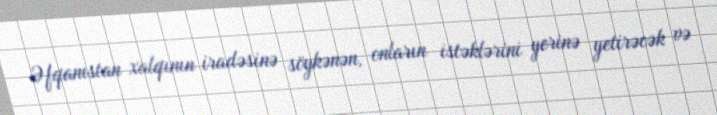
Əfqanıstan xalqının iradəsinə söykənən, onların istəklərini yerinə yetirəcək və